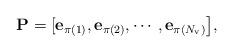
LaTeX: \begin{align*}\mathbf{P}=[\mathbf{e}_{\pi(1)}, \mathbf{e}_{\pi(2)}, \cdots, \mathbf{e}_{\pi(N_{\rm v})}\big],\end{align*}